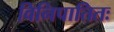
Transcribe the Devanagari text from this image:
विनिपातितः